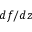
d f / d z